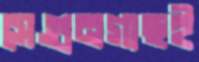
সেগুনগাছই